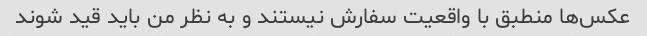
عکس‌ها منطبق با واقعیت سفارش نیستند و به نظر من باید قید شوند